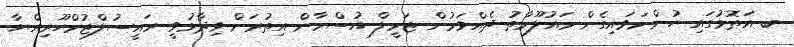
ބ އަތޮޅުގައި ހުންނަވައިގެން މައުލޫމާތު ދެއްވަމުން ޖަމީލް އުސްމާން އިތުރަށް ވިދާޅުވީ ރައީސުލްޖުމްހޫރިއްޔާ